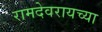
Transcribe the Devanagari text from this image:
रामदेवरायच्या